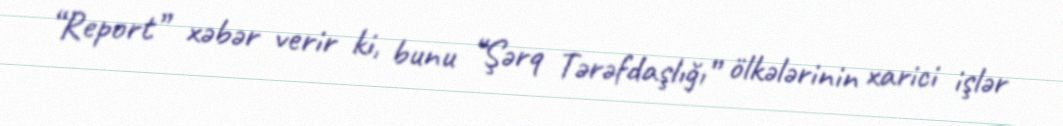
“Report” xəbər verir ki, bunu “Şərq Tərəfdaşlığı” ölkələrinin xarici işlər